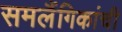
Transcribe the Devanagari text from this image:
समलैंगिकांची